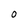
Character: O